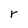
Character: r